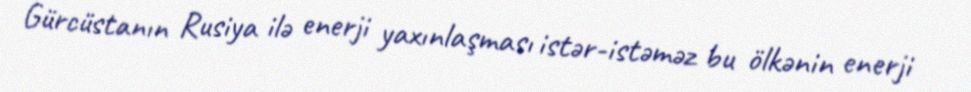
Gürcüstanın Rusiya ilə enerji yaxınlaşması istər-istəməz bu ölkənin enerji